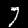
Digit: 7